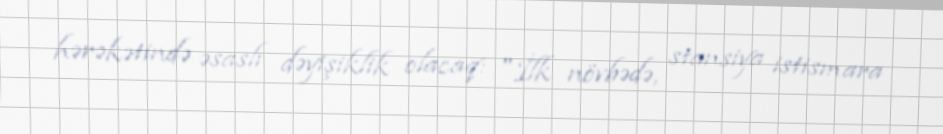
hərəkətində əsaslı dəyişiklik olacaq: "İlk növbədə, stansiya istismara